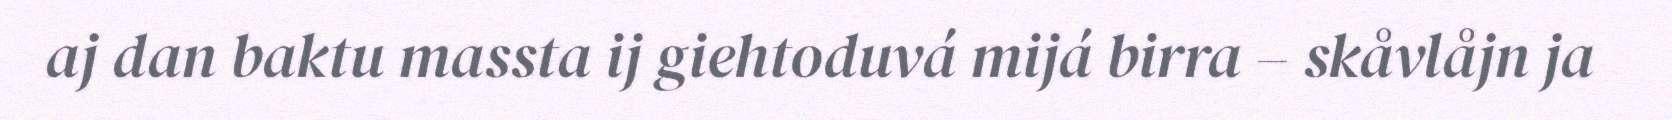
aj dan baktu massta ij giehtoduvá mijá birra – skåvlåjn ja